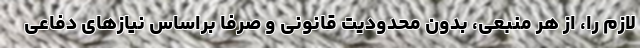
لازم را، از هر منبعی، بدون محدودیت قانونی و صرفاً براساس نیازهای دفاعی